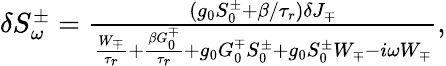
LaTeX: \begin{array}{r}{\delta S_{\omega}^{\pm}=\frac{(g_{0}S_{0}^{\pm}+\beta/\tau_{r})\delta J_{\mp}}{\frac{W_{\mp}}{\tau_{r}}+\frac{\beta G_{0}^{\mp}}{\tau_{r}}+g_{0}G_{0}^{\mp}S_{0}^{\pm}+g_{0}S_{0}^{\pm}W_{\mp}-i\omega W_{\mp}},}\end{array}